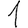
Digit: 1